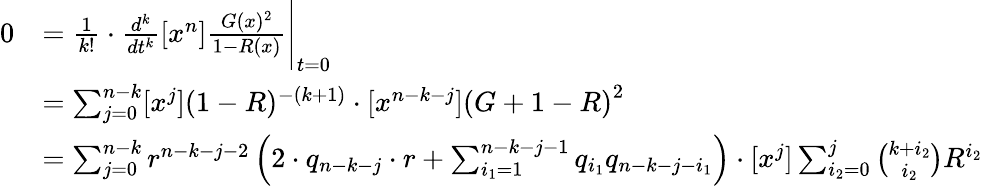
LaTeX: \begin{array}{rl}{0}&{=\frac{1}{k!}\cdot\frac{d^{k}}{dt^{k}}[x^{n}]\frac{G(x)^{2}}{1-R(x)}\Bigg|_{t=0}}\\ &{=\sum_{j=0}^{n-k}[x^{j}](1-R)^{-(k+1)}\cdot[x^{n-k-j}]\left(G+1-R\right)^{2}}\\ &{=\sum_{j=0}^{n-k}r^{n-k-j-2}\left(2\cdot q_{n-k-j}\cdot r+\sum_{i_{1}=1}^{n-k-j-1}q_{i_{1}}q_{n-k-j-i_{1}}\right)\cdot[x^{j}]\sum_{i_{2}=0}^{j}{\binom{k+i_{2}}{i_{2}}}R^{i_{2}}}\end{array}